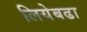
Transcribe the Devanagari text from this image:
लियेबढा